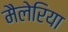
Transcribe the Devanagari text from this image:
मैलेरिया